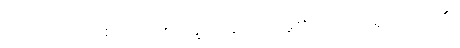
အကြင်အကြင်စကားကို။ ဝက္ခသိ၊ ဆိုတော်မူ၏။ တဝ၊ အရှင်ဘုရား၏။